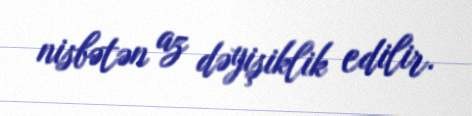
nisbətən az dəyişiklik edilir.